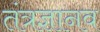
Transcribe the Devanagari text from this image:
तंत्रज्ञानव